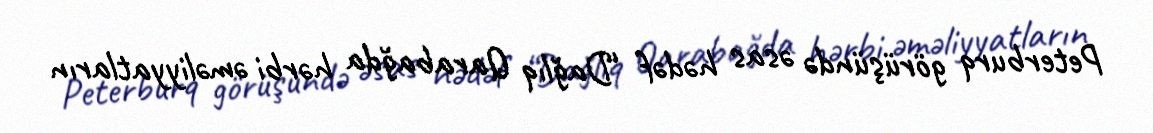
Peterburq görüşündə əsas hədəf “Dağlıq Qarabağda hərbi əməliyyatların